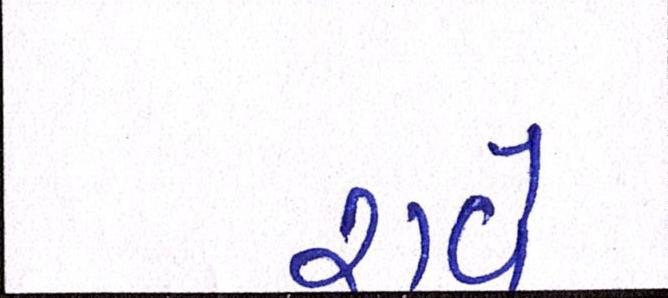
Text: રાવે